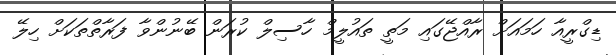
ޑިގްރީއާ ހަމައަށް ރާއްޖޭގައި މަތީ ތައުލީމް ހާސިލް ކުރަން ބޭނުންވާ ފަރާތްތަކަށް ހިލޭ